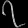
Digit: ၇